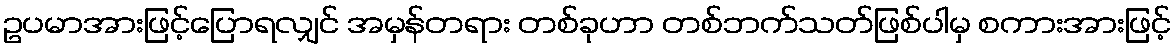
ဥပမာအားဖြင့်ပြောရလျှင် အမှန်တရား တစ်ခုဟာ တစ်ဘက်သတ်ဖြစ်ပါမှ စကားအားဖြင့်